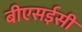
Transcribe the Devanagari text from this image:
बीएसईसी